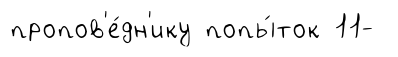
пропов'е́дн'ику попы́ток 11-